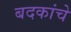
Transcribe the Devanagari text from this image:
बदकांचे